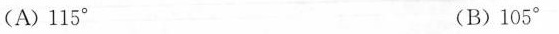
(A)115° (B)105°